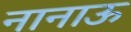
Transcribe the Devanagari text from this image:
नानाऊ